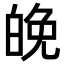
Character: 𪽿